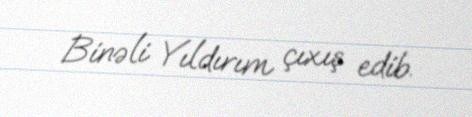
Binəli Yıldırım çıxış edib.